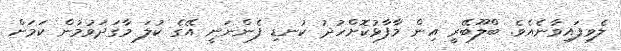
ލެވިފައިވާނެއެވެ. ބްލޫބޭރީ އިން މާފާޅުކޮށްހުދު ކުނޑި ފެންނަނީ އޭގެ ކުލަ މާގަދަވުމުން ކަމަށް